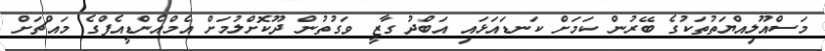
މަސްއޫލިއްޔަތުތަކުގެ ބޭރުން ކަމަށް ކަނޑައަޅައި އަބްދު ގާޒީ ވަގުތުން ދޫކޮށްލުމަށް އެމްއެންޑީއެފްގެ މައްޗަށް